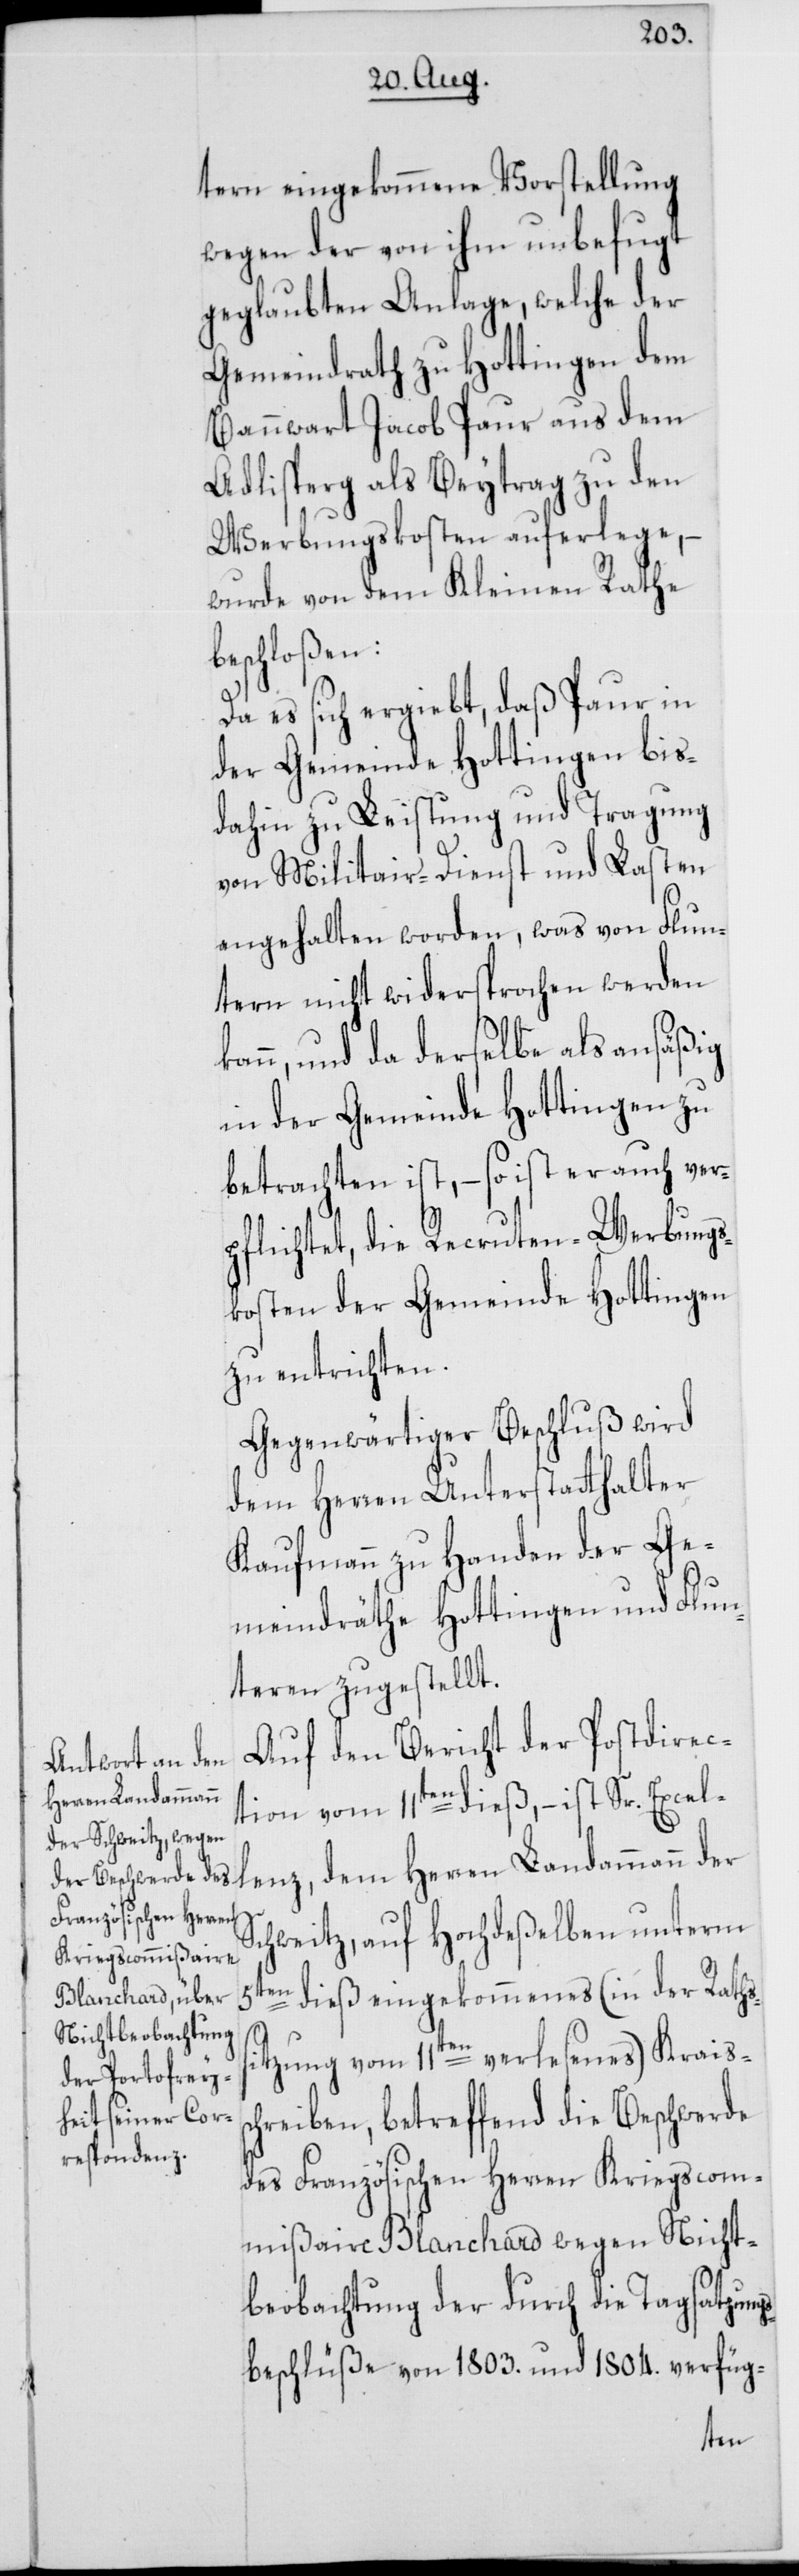
tern eingekommene Vorstellung
wegen der von ihm unbefugt
geglaubten Anlage, welche der
Gemeindrath zu Hottingen dem
Bannwart Jacob Paur aus dem
Adlisperg als Beytrag zu den
Werbungskosten auferlege, –
wurde von dem Kleinen Rathe
beschloßen:
Da es sich ergiebt, daß Paur in
der Gemeinde Hottingen bis¬
dahin zu Leistung und Tragung
von Militair-Dienst und Lasten
angehalten worden, was von Flun¬
tern nicht widersprochen werden
kann, und da derselbe als ansäßig
in der Gemeinde Hottingen zu
betrachten ist, – so ist er auch ver¬
pflichtet, die Recruten-Werbungs¬
kosten der Gemeinde Hottingen
zu entrichten.
Gegenwärtiger Beschluß wird
dem Herren Unterstatthalter
Kaufmann zu Handen der Ge¬
meindräthe Hottingen und Flun¬
teren zugestellt.
Auf den Bericht der Postdirec¬
Herren Landammann
tion vom 11ten dieß, – ist Sr. Excel¬
Schweitz, auf Hochdeßelben unterm
5ten dieß eingekommenes (in der Rathss¬
itzung vom 11ten verlesenes) Kraissc¬
hreiben, betreffend die Beschwerde
des Französischen Herren Kriegscom¬
mißaire Blanchard wegen Nicht¬
beobachtung der durch die Tagsatzung¬
sbeschlüße von 1803. und 1804. verfüg-
lenz,